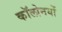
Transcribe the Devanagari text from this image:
कॉलोनयों